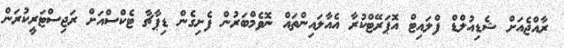
ރާއްޖެއަށް ޝެޑިއުލްޑް ފްލައިޓް އޮޕަރޭޓްކުރާ އެއާލައިންތައް ނޮވެމްބަރުން ފެށިގެން ޑިޕާޗާ ޓެކްސްއަށް ރަޖިސްޓަރީކުރަން